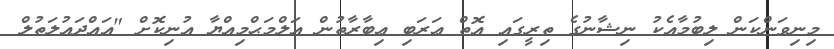
މިނިވަންކަން ލިބުމާއެކު ނިޝާނުގެ ތިރީގައި އޮތް ޢަރަބި ޢިބާރާތުން އަލްމަޙްމިއްޔާ އުނިކޮށް "އައްދައުލަތުލް